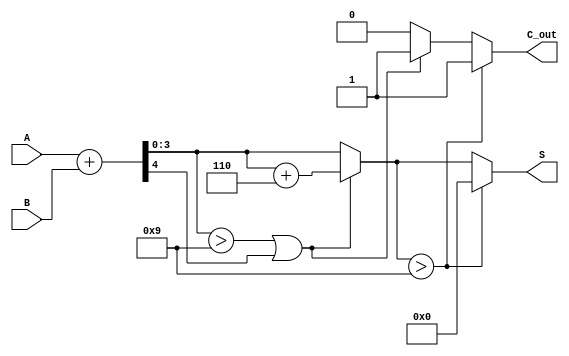
module BCD_Asynchronous_Adder (
    input      [3:0] A,      // First BCD digit (0-9)
    input      [3:0] B,      // Second BCD digit (0-9)
    output reg [3:0] S,      // BCD sum output
    output reg        C_out   // Carry output
);

    wire [4:0] Sum;          // 5-bit sum to hold A + B
    wire       C_temp;       // Temporary carry from the addition
    wire       correction;    // Correction needed flag

    // Calculate initial binary sum of A and B
    assign Sum = A + B;
    assign C_temp = Sum[4];   // Capture the carry-out
    assign correction = (Sum[3:0] > 4'b1001) || C_temp; // Check if correction is needed

    always @* begin
        if (correction) begin
            // Apply correction by adding 6 (0110)
            S = Sum[3:0] + 4'b0110; // Apply correction
            C_out = 1;              // Set carry out if correction is applied
        end else begin
            S = Sum[3:0];           // Valid BCD, no correction needed
            C_out = 0;              // No carry out
        end

        // Handle potential overflow in case the sum exceeds 19
        if (S > 9) begin
            C_out = 1;              // Set carry out for overflow
            S = 4'b0000;            // Reset output to 0 if overflow occurs
        end
    end
endmodule